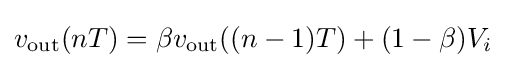
v_{\rm {out}}(nT)=\beta v_{\rm {out}}((n-1)T)+(1-\beta )V_{i}